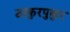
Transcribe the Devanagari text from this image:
ठाकुरपुकुर